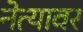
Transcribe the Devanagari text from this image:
नेत्यावर